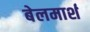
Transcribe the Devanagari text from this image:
बेलमार्श